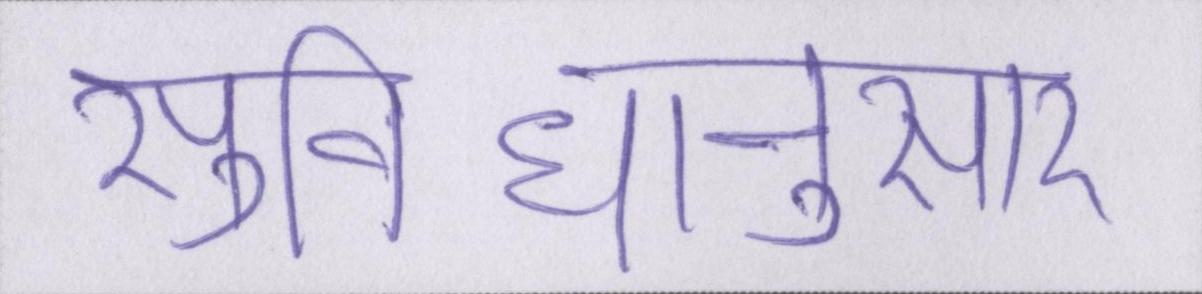
सुविधानुसार